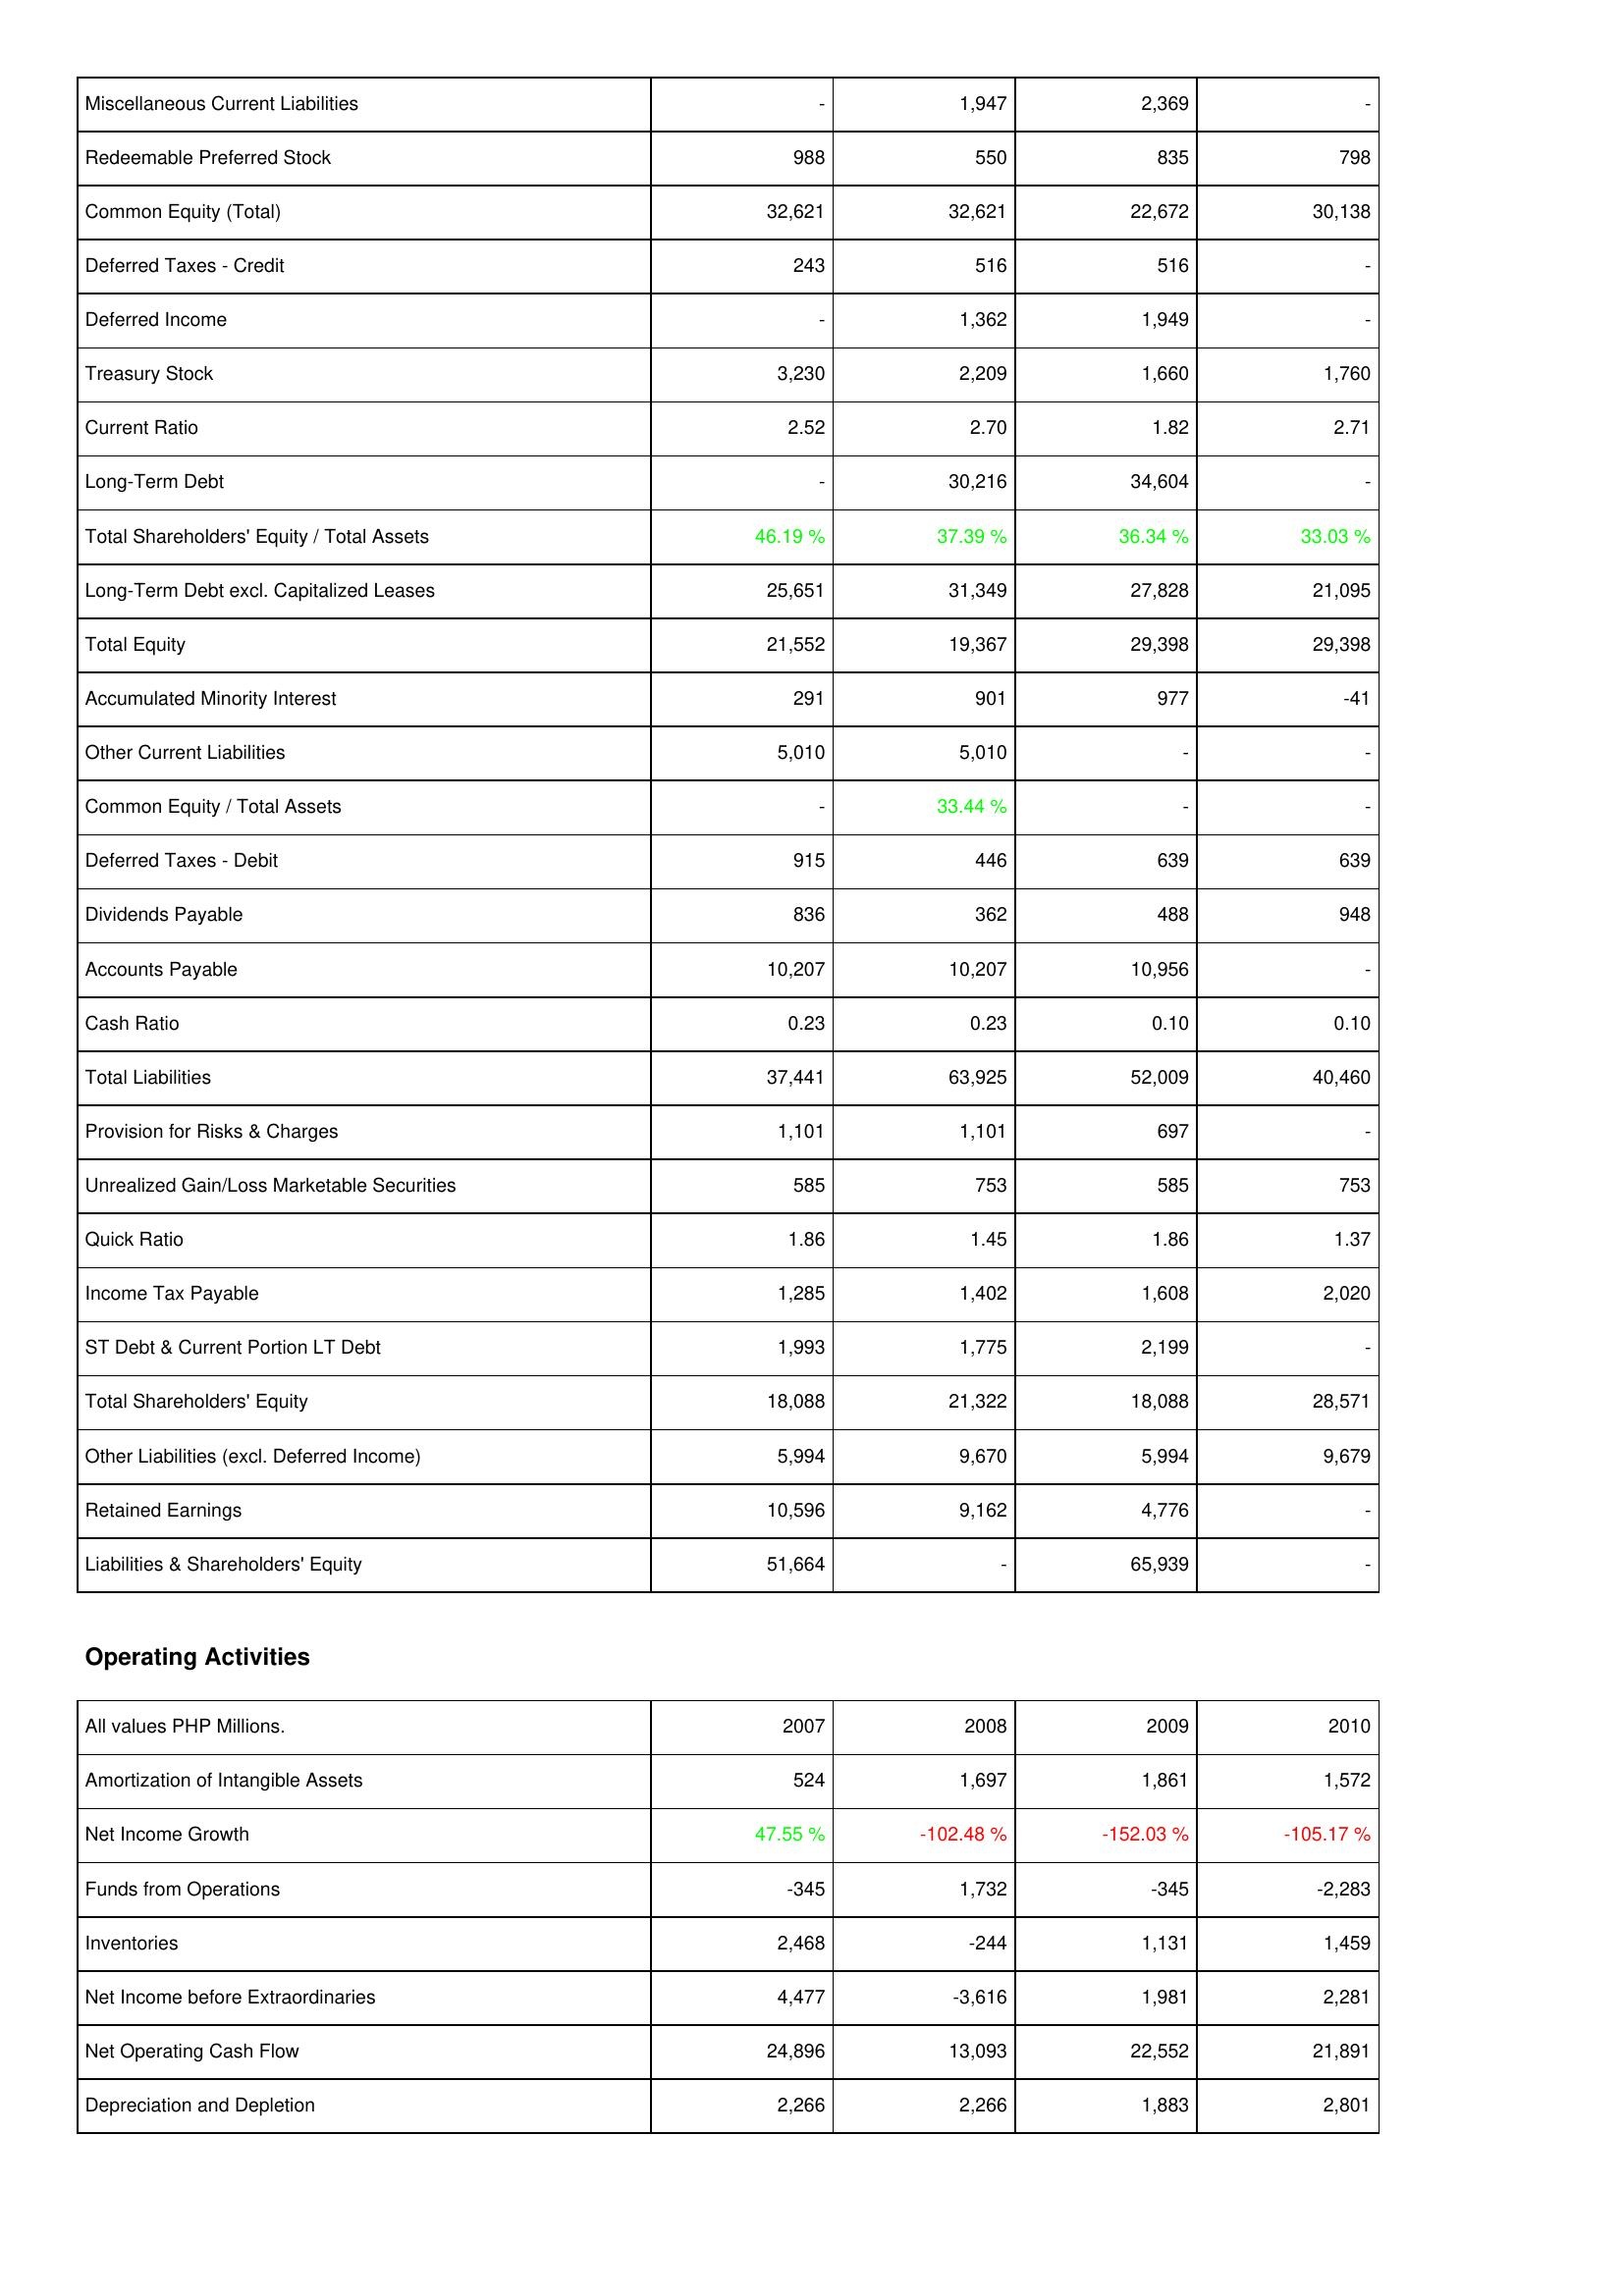
2007: Liabilities & Shareholders' Equity: Miscellaneous Current Liabilities: -
Redeemable Preferred Stock: 988
Common Equity (Total): 32,621
Deferred Taxes - Credit: 243
Deferred Income: -
Treasury Stock: 3,230
Current Ratio: 2.52
Long-Term Debt: -
Total Shareholders' Equity / Total Assets: 46.19 %
Long-Term Debt excl. Capitalized Leases: 25,651
Total Equity: 21,552
Accumulated Minority Interest: 291
Other Current Liabilities: 5,010
Common Equity / Total Assets: -
Deferred Taxes - Debit: 915
Dividends Payable: 836
Accounts Payable: 10,207
Cash Ratio: 0.23
Total Liabilities: 37,441
Provision for Risks & Charges: 1,101
Unrealized Gain/Loss Marketable Securities: 585
Quick Ratio: 1.86
Income Tax Payable: 1,285
ST Debt & Current Portion LT Debt: 1,993
Total Shareholders' Equity: 18,088
Other Liabilities (excl. Deferred Income): 5,994
Retained Earnings: 10,596
Liabilities & Shareholders' Equity: 51,664
Operating Activities: Amortization of Intangible Assets: 524
Net Income Growth: 47.55 %
Funds from Operations: -345
Inventories: 2,468
Net Income before Extraordinaries: 4,477
Net Operating Cash Flow: 24,896
Depreciation and Depletion: 2,266
2008: Liabilities & Shareholders' Equity: Miscellaneous Current Liabilities: 1,947
Redeemable Preferred Stock: 550
Common Equity (Total): 32,621
Deferred Taxes - Credit: 516
Deferred Income: 1,362
Treasury Stock: 2,209
Current Ratio: 2.70
Long-Term Debt: 30,216
Total Shareholders' Equity / Total Assets: 37.39 %
Long-Term Debt excl. Capitalized Leases: 31,349
Total Equity: 19,367
Accumulated Minority Interest: 901
Other Current Liabilities: 5,010
Common Equity / Total Assets: 33.44 %
Deferred Taxes - Debit: 446
Dividends Payable: 362
Accounts Payable: 10,207
Cash Ratio: 0.23
Total Liabilities: 63,925
Provision for Risks & Charges: 1,101
Unrealized Gain/Loss Marketable Securities: 753
Quick Ratio: 1.45
Income Tax Payable: 1,402
ST Debt & Current Portion LT Debt: 1,775
Total Shareholders' Equity: 21,322
Other Liabilities (excl. Deferred Income): 9,670
Retained Earnings: 9,162
Liabilities & Shareholders' Equity: -
Operating Activities: Amortization of Intangible Assets: 1,697
Net Income Growth: -102.48 %
Funds from Operations: 1,732
Inventories: -244
Net Income before Extraordinaries: -3,616
Net Operating Cash Flow: 13,093
Depreciation and Depletion: 2,266
2009: Liabilities & Shareholders' Equity: Miscellaneous Current Liabilities: 2,369
Redeemable Preferred Stock: 835
Common Equity (Total): 22,672
Deferred Taxes - Credit: 516
Deferred Income: 1,949
Treasury Stock: 1,660
Current Ratio: 1.82
Long-Term Debt: 34,604
Total Shareholders' Equity / Total Assets: 36.34 %
Long-Term Debt excl. Capitalized Leases: 27,828
Total Equity: 29,398
Accumulated Minority Interest: 977
Other Current Liabilities: -
Common Equity / Total Assets: -
Deferred Taxes - Debit: 639
Dividends Payable: 488
Accounts Payable: 10,956
Cash Ratio: 0.10
Total Liabilities: 52,009
Provision for Risks & Charges: 697
Unrealized Gain/Loss Marketable Securities: 585
Quick Ratio: 1.86
Income Tax Payable: 1,608
ST Debt & Current Portion LT Debt: 2,199
Total Shareholders' Equity: 18,088
Other Liabilities (excl. Deferred Income): 5,994
Retained Earnings: 4,776
Liabilities & Shareholders' Equity: 65,939
Operating Activities: Amortization of Intangible Assets: 1,861
Net Income Growth: -152.03 %
Funds from Operations: -345
Inventories: 1,131
Net Income before Extraordinaries: 1,981
Net Operating Cash Flow: 22,552
Depreciation and Depletion: 1,883
2010: Liabilities & Shareholders' Equity: Miscellaneous Current Liabilities: -
Redeemable Preferred Stock: 798
Common Equity (Total): 30,138
Deferred Taxes - Credit: -
Deferred Income: -
Treasury Stock: 1,760
Current Ratio: 2.71
Long-Term Debt: -
Total Shareholders' Equity / Total Assets: 33.03 %
Long-Term Debt excl. Capitalized Leases: 21,095
Total Equity: 29,398
Accumulated Minority Interest: -41
Other Current Liabilities: -
Common Equity / Total Assets: -
Deferred Taxes - Debit: 639
Dividends Payable: 948
Accounts Payable: -
Cash Ratio: 0.10
Total Liabilities: 40,460
Provision for Risks & Charges: -
Unrealized Gain/Loss Marketable Securities: 753
Quick Ratio: 1.37
Income Tax Payable: 2,020
ST Debt & Current Portion LT Debt: -
Total Shareholders' Equity: 28,571
Other Liabilities (excl. Deferred Income): 9,679
Retained Earnings: -
Liabilities & Shareholders' Equity: -
Operating Activities: Amortization of Intangible Assets: 1,572
Net Income Growth: -105.17 %
Funds from Operations: -2,283
Inventories: 1,459
Net Income before Extraordinaries: 2,281
Net Operating Cash Flow: 21,891
Depreciation and Depletion: 2,801